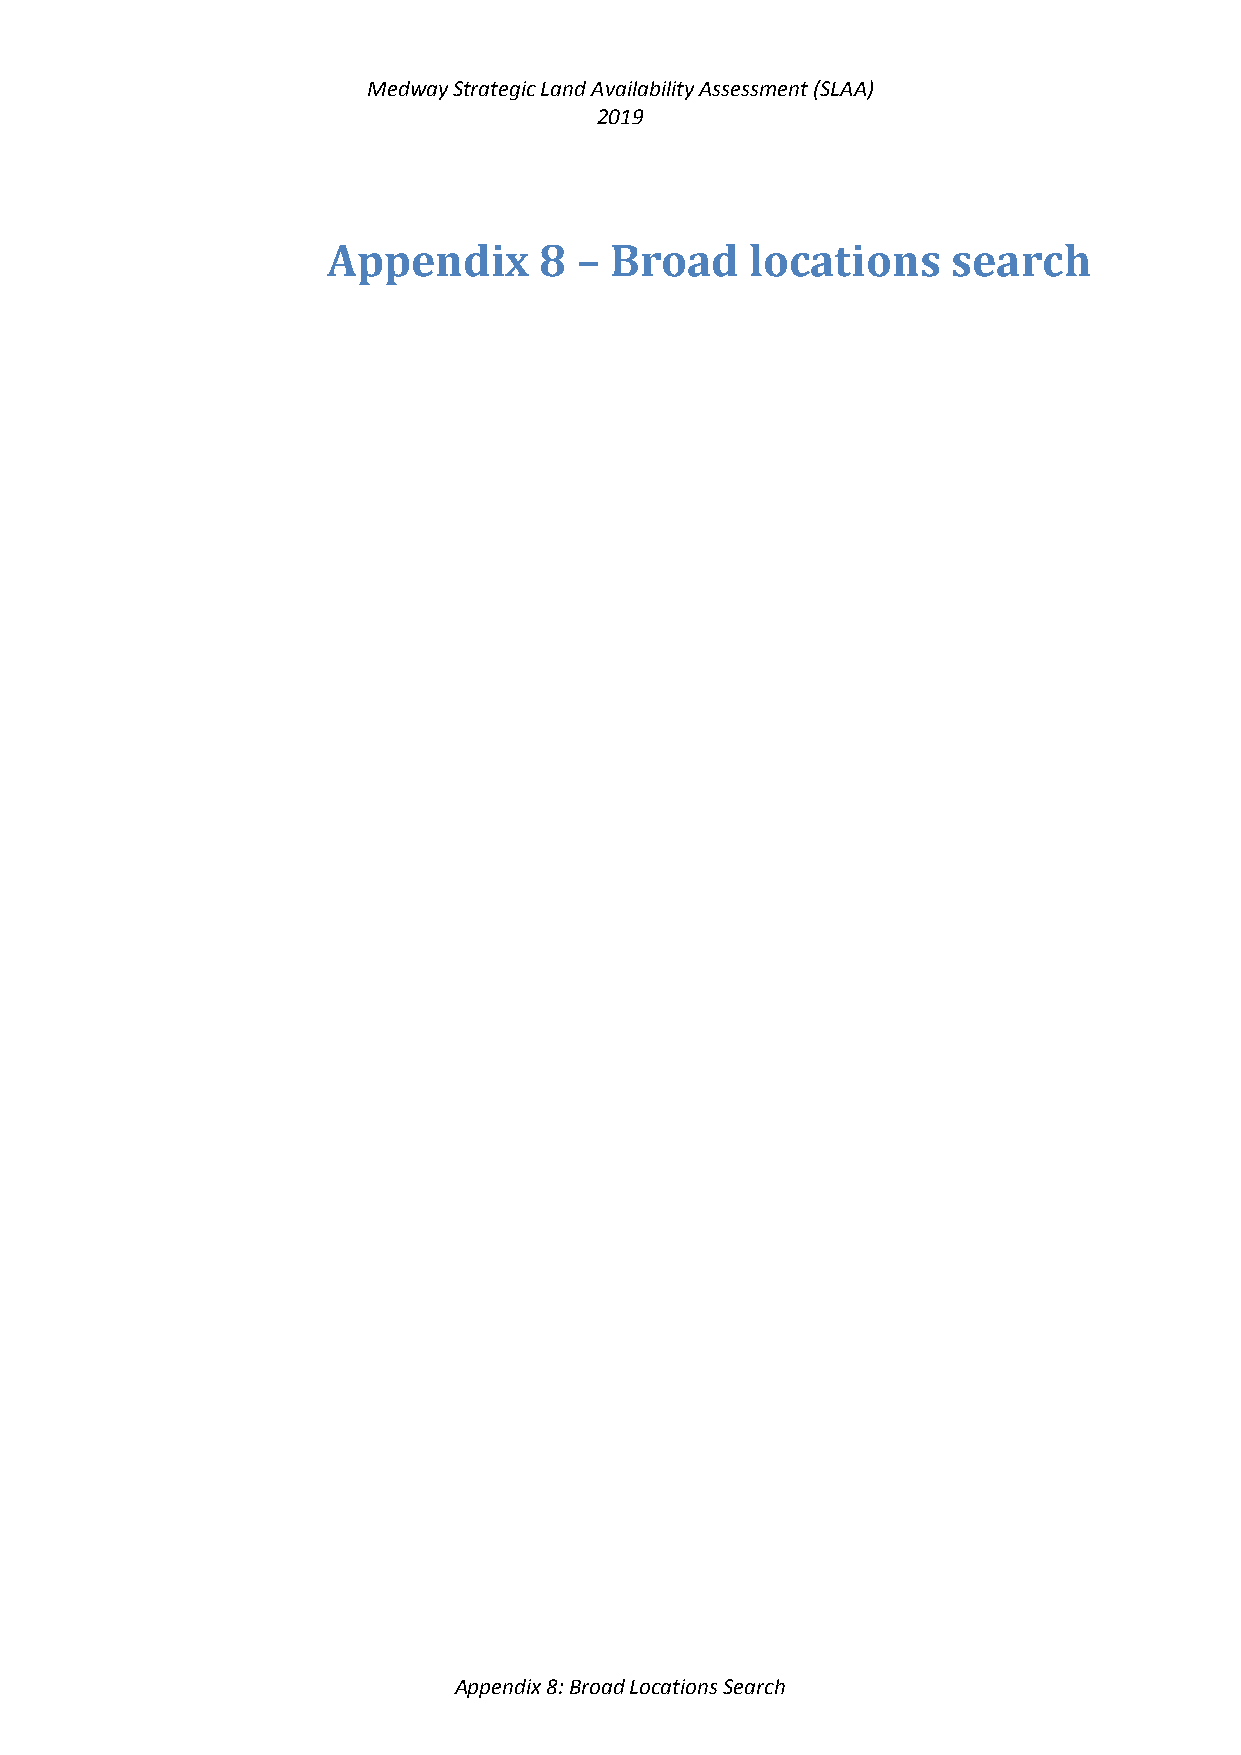
Medway Strategic Land Availability Assessment (SLAA)
 2019
 Appendix      8 – Broad     locations    search
 Appendix 8: Broad Locations Search